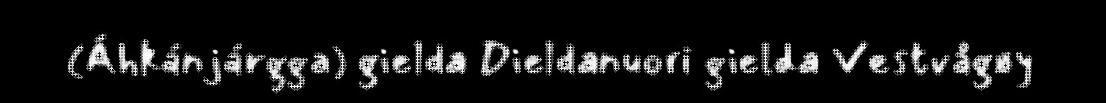
(Áhkánjárgga) gielda Dieldanuori gielda Vestvågøy